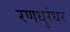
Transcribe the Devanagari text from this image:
रणधुरंधर